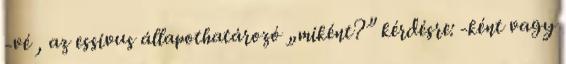
-vé , az essivus állapothatározó „miként?” kérdésre: -ként vagy